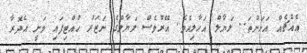
އެއްޗެއް އަހަންތަ.. ލަޔާލް އަހާލިއެވެ. އޭރުވެސް ލަޔާލްގެ ނަޒަރު ހުއްޓިފައި ވަނީ އެދޮރާ